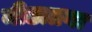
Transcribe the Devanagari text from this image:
मीठातगा